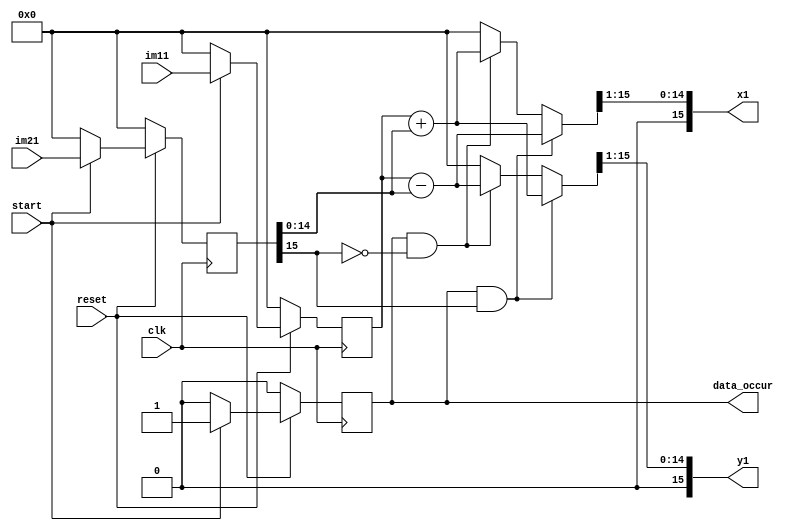
module      haar_lift_reprocess(clk,
                    reset,
                    start,
                    im11,
                    im21,
                    x1,
                    y1,
                    data_occur);
                    
                    
                    
input clk;
input reset;

input start;


input [15:0]im11;
input [15:0]im21;

output data_occur;
output [15:0]x1;
output [15:0]y1;

reg data_occur;

wire [15:0]x1;
wire [15:0]y1;

wire signbit;
wire [15:0]high_v;
wire [15:0]low_v;

wire [15:0]x1_val;
wire [15:0]y1_val;


reg [15:0]im11t;
reg [15:0]im21t;



assign x1=x1_val>>1;
assign y1=y1_val>>1;

assign signbit=im21t[15];
assign high_v=im11t;
assign low_v={1'b0,im21t[14:0]};

assign x1_val=(data_occur && signbit)?(high_v-low_v):
				(data_occur && ~signbit)?(high_v+low_v):16'd0;

assign y1_val=(data_occur && signbit)?(high_v+low_v):
				(data_occur && ~signbit)?(high_v-low_v):16'd0;
				





                  


always @(posedge clk)
begin 

if(~reset)
begin 

im11t<=16'd0;
im21t<=16'd0;
data_occur<=1'b0;
end

else if(start)
begin 
im11t<=im11;
im21t<=im21;
data_occur<=1'b1;
end

else
begin 
im11t<=16'd0;
im21t<=16'd0;
data_occur<=1'b0;
end

end





endmodule